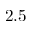
2 . 5